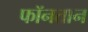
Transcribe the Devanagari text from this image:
फॉनतान